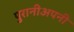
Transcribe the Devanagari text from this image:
पुरानीअपनी